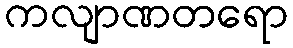
ကလျာဏတရော